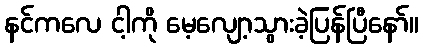
နင်ကလေ ငါ့ကို မေ့လျော့သွားခဲ့ပြန်ပြီနော်။